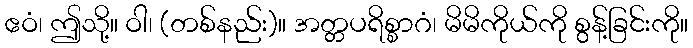
ဧဝံ၊ ဤသို့။ ဝါ၊ (တစ်နည်း)။ အတ္တပရိစ္စာဂံ၊ မိမိကိုယ်ကို စွန့်ခြင်းကို။